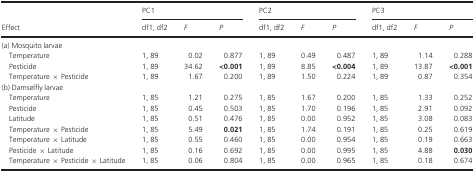
| <ROWSPAN=2> Effect | <COLSPAN=3> PC1 | <COLSPAN=3> PC2 | <COLSPAN=3> PC3 |
 | df1, df2 | F | P | df1, df2 | F | P | df1, df2 | F | P |
 | --- | --- | --- | --- | --- | --- | --- | --- | --- | --- |
 | <COLSPAN=10> (a) Mosquito larvae |
 | Temperature | 1, 89 | 0.02 | 0.877 | 1, 89 | 0.49 | 0.487 | 1, 89 | 1.14 | 0.288 |
 | Pesticide | 1, 89 | 34.62 | <0.001 | 1, 89 | 8.85 | <0.004 | 1, 89 | 13.87 | <0.001 |
 | Temperature × Pesticide | 1, 89 | 1.67 | 0.200 | 1, 89 | 1.50 | 0.224 | 1, 89 | 0.87 | 0.354 |
 | <COLSPAN=10> (b) Damselfly larvae |
 | Temperature | 1, 85 | 1.21 | 0.275 | 1, 85 | 1.67 | 0.200 | 1, 85 | 1.33 | 0.252 |
 | Pesticide | 1, 85 | 0.45 | 0.503 | 1, 85 | 1.70 | 0.196 | 1, 85 | 2.91 | 0.092 |
 | Latitude | 1, 85 | 0.51 | 0.476 | 1, 85 | 0.00 | 0.952 | 1, 85 | 3.08 | 0.083 |
 | Temperature × Pesticide | 1, 85 | 5.49 | 0.021 | 1, 85 | 1.74 | 0.191 | 1, 85 | 0.25 | 0.619 |
 | Temperature × Latitude | 1, 85 | 0.55 | 0.460 | 1, 85 | 0.00 | 0.954 | 1, 85 | 0.19 | 0.663 |
 | Pesticide × Latitude | 1, 85 | 0.16 | 0.692 | 1, 85 | 0.00 | 0.995 | 1, 85 | 4.88 | 0.030 |
 | Temperature × Pesticide × Latitude | 1, 85 | 0.06 | 0.804 | 1, 85 | 0.00 | 0.965 | 1, 85 | 0.18 | 0.674 |